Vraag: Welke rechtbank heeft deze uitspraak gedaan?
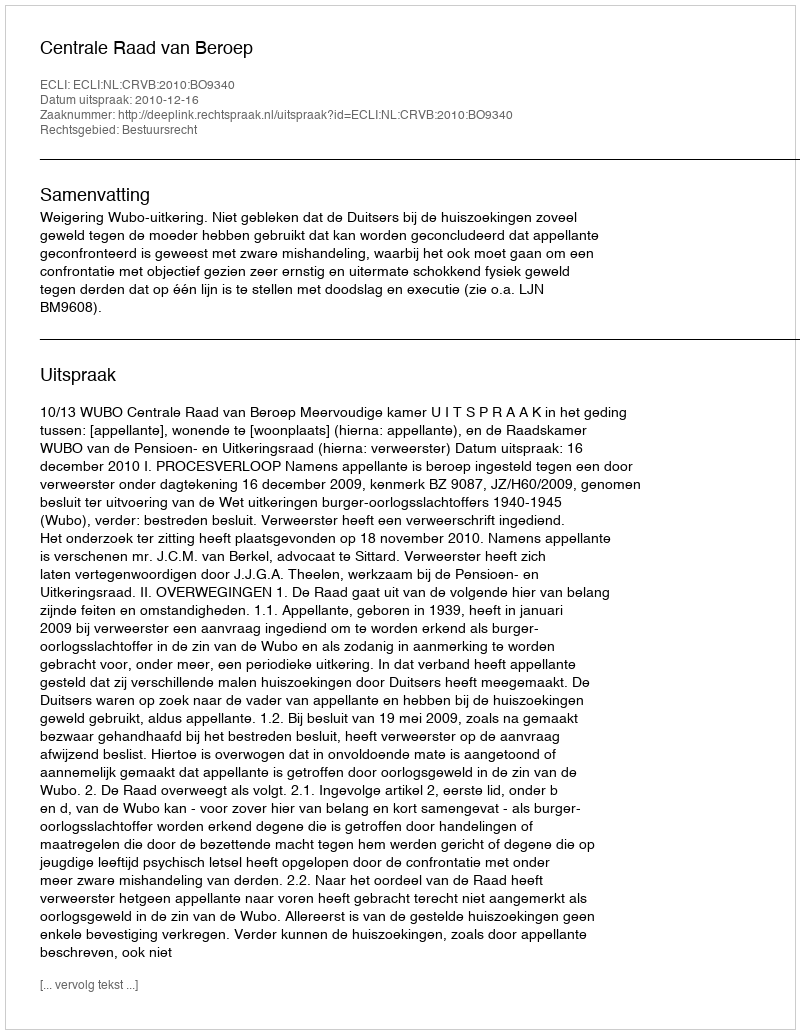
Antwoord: Centrale Raad van Beroep